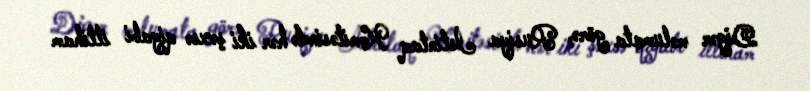
Digər məlumata görə, Rusiya İstintaq Komitəsində hər iki şəxsə qiyabi ittiham